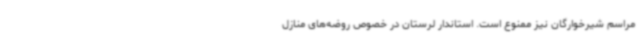
مراسم شیرخوارگان نیز ممنوع است. استاندار لرستان در خصوص روضه‌های منازل